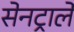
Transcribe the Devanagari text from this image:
सेनट्राले